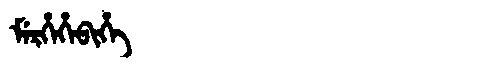
Manchu: ᠮᡝᡵᡥᡝᡥᡝᠪᡳᡥᡝ
Romanization: MERHEHEBIHE